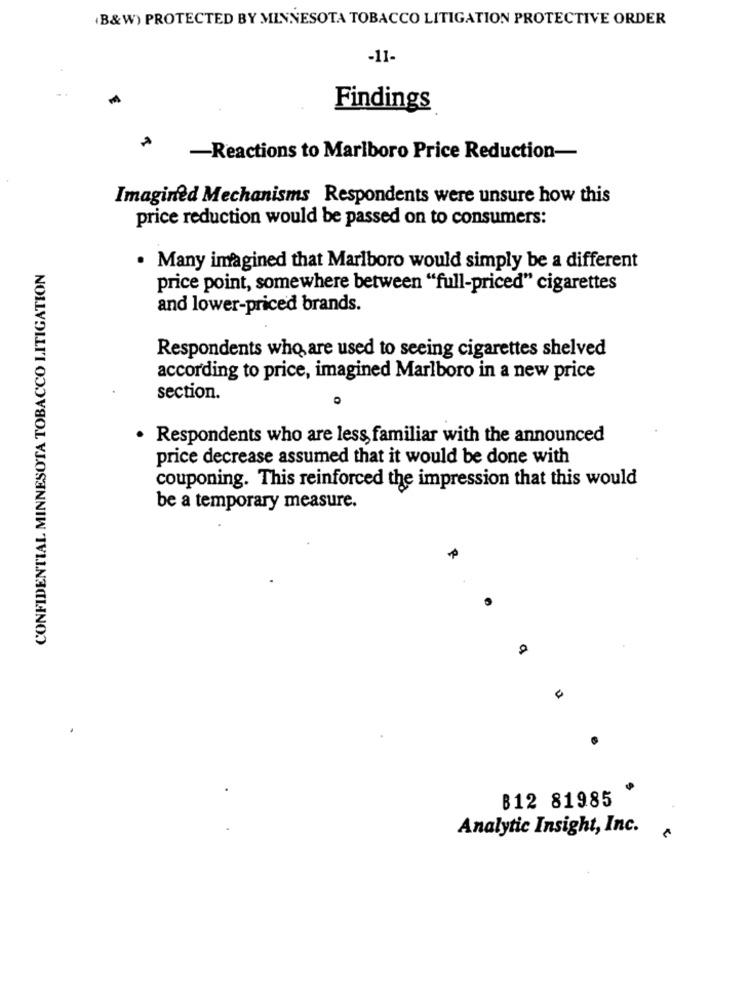
(B&W) PROTECTED BY MINNESOTA TOBACCO LITIGATION PROTECTIVE ORDER
-11-
Findings
-Reactions to Marlboro Price Reduction-
Imagined Mechanisms Respondents were unsure how this
price reduction would be passed on to consumers:
CONFIDENTIAL MINNESOTA TOBACCO LITIGATION
. Many imagined that Marlboro would simply be a different
price point, somewhere between "full-priced" cigarettes
and lower-priced brands.
Respondents who are used to seeing cigarettes shelved
according to price, imagined Marlboro in a new price
section.
· Respondents who are less, familiar with the announced
price decrease assumed that it would be done with
couponing. This reinforced the impression that this would
be a temporary measure.
B12 81985
Analytic Insight, Inc.